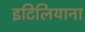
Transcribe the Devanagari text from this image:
इटिलियाना